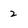
Character: 2